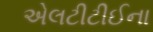
એલટીટીઈના